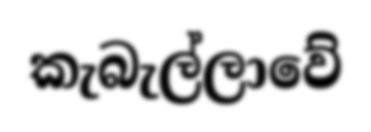
කැබැල්ලාවේ